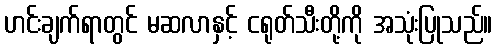
ဟင်းချက်ရာတွင် မဆလာနှင့် ငရုတ်သီးတို့ကို အသုံးပြုသည်။